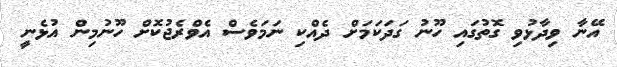
އޭނާ ވިދާޅުވި ގޮތުގައި ހޫނު ގަދަކަމަށް ދެއްކި ނަމަވެސް އެވްރެޖުކޮށް ހޫނުމިން އުޅެނީ